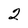
Character: 2